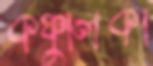
কঞ্চুলিকা